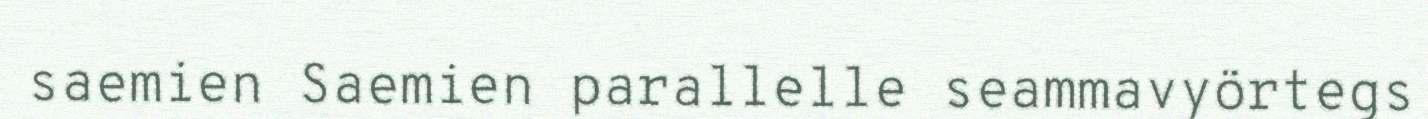
saemien Saemien parallelle seammavyörtegs